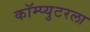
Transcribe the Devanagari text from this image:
कॉम्प्युटरला